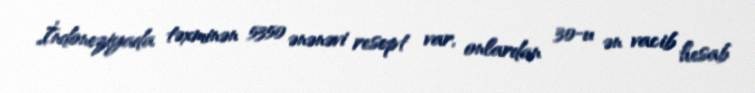
İndoneziyada təxminən 5350 ənənəvi resept var, onlardan 30-u ən vacib hesab